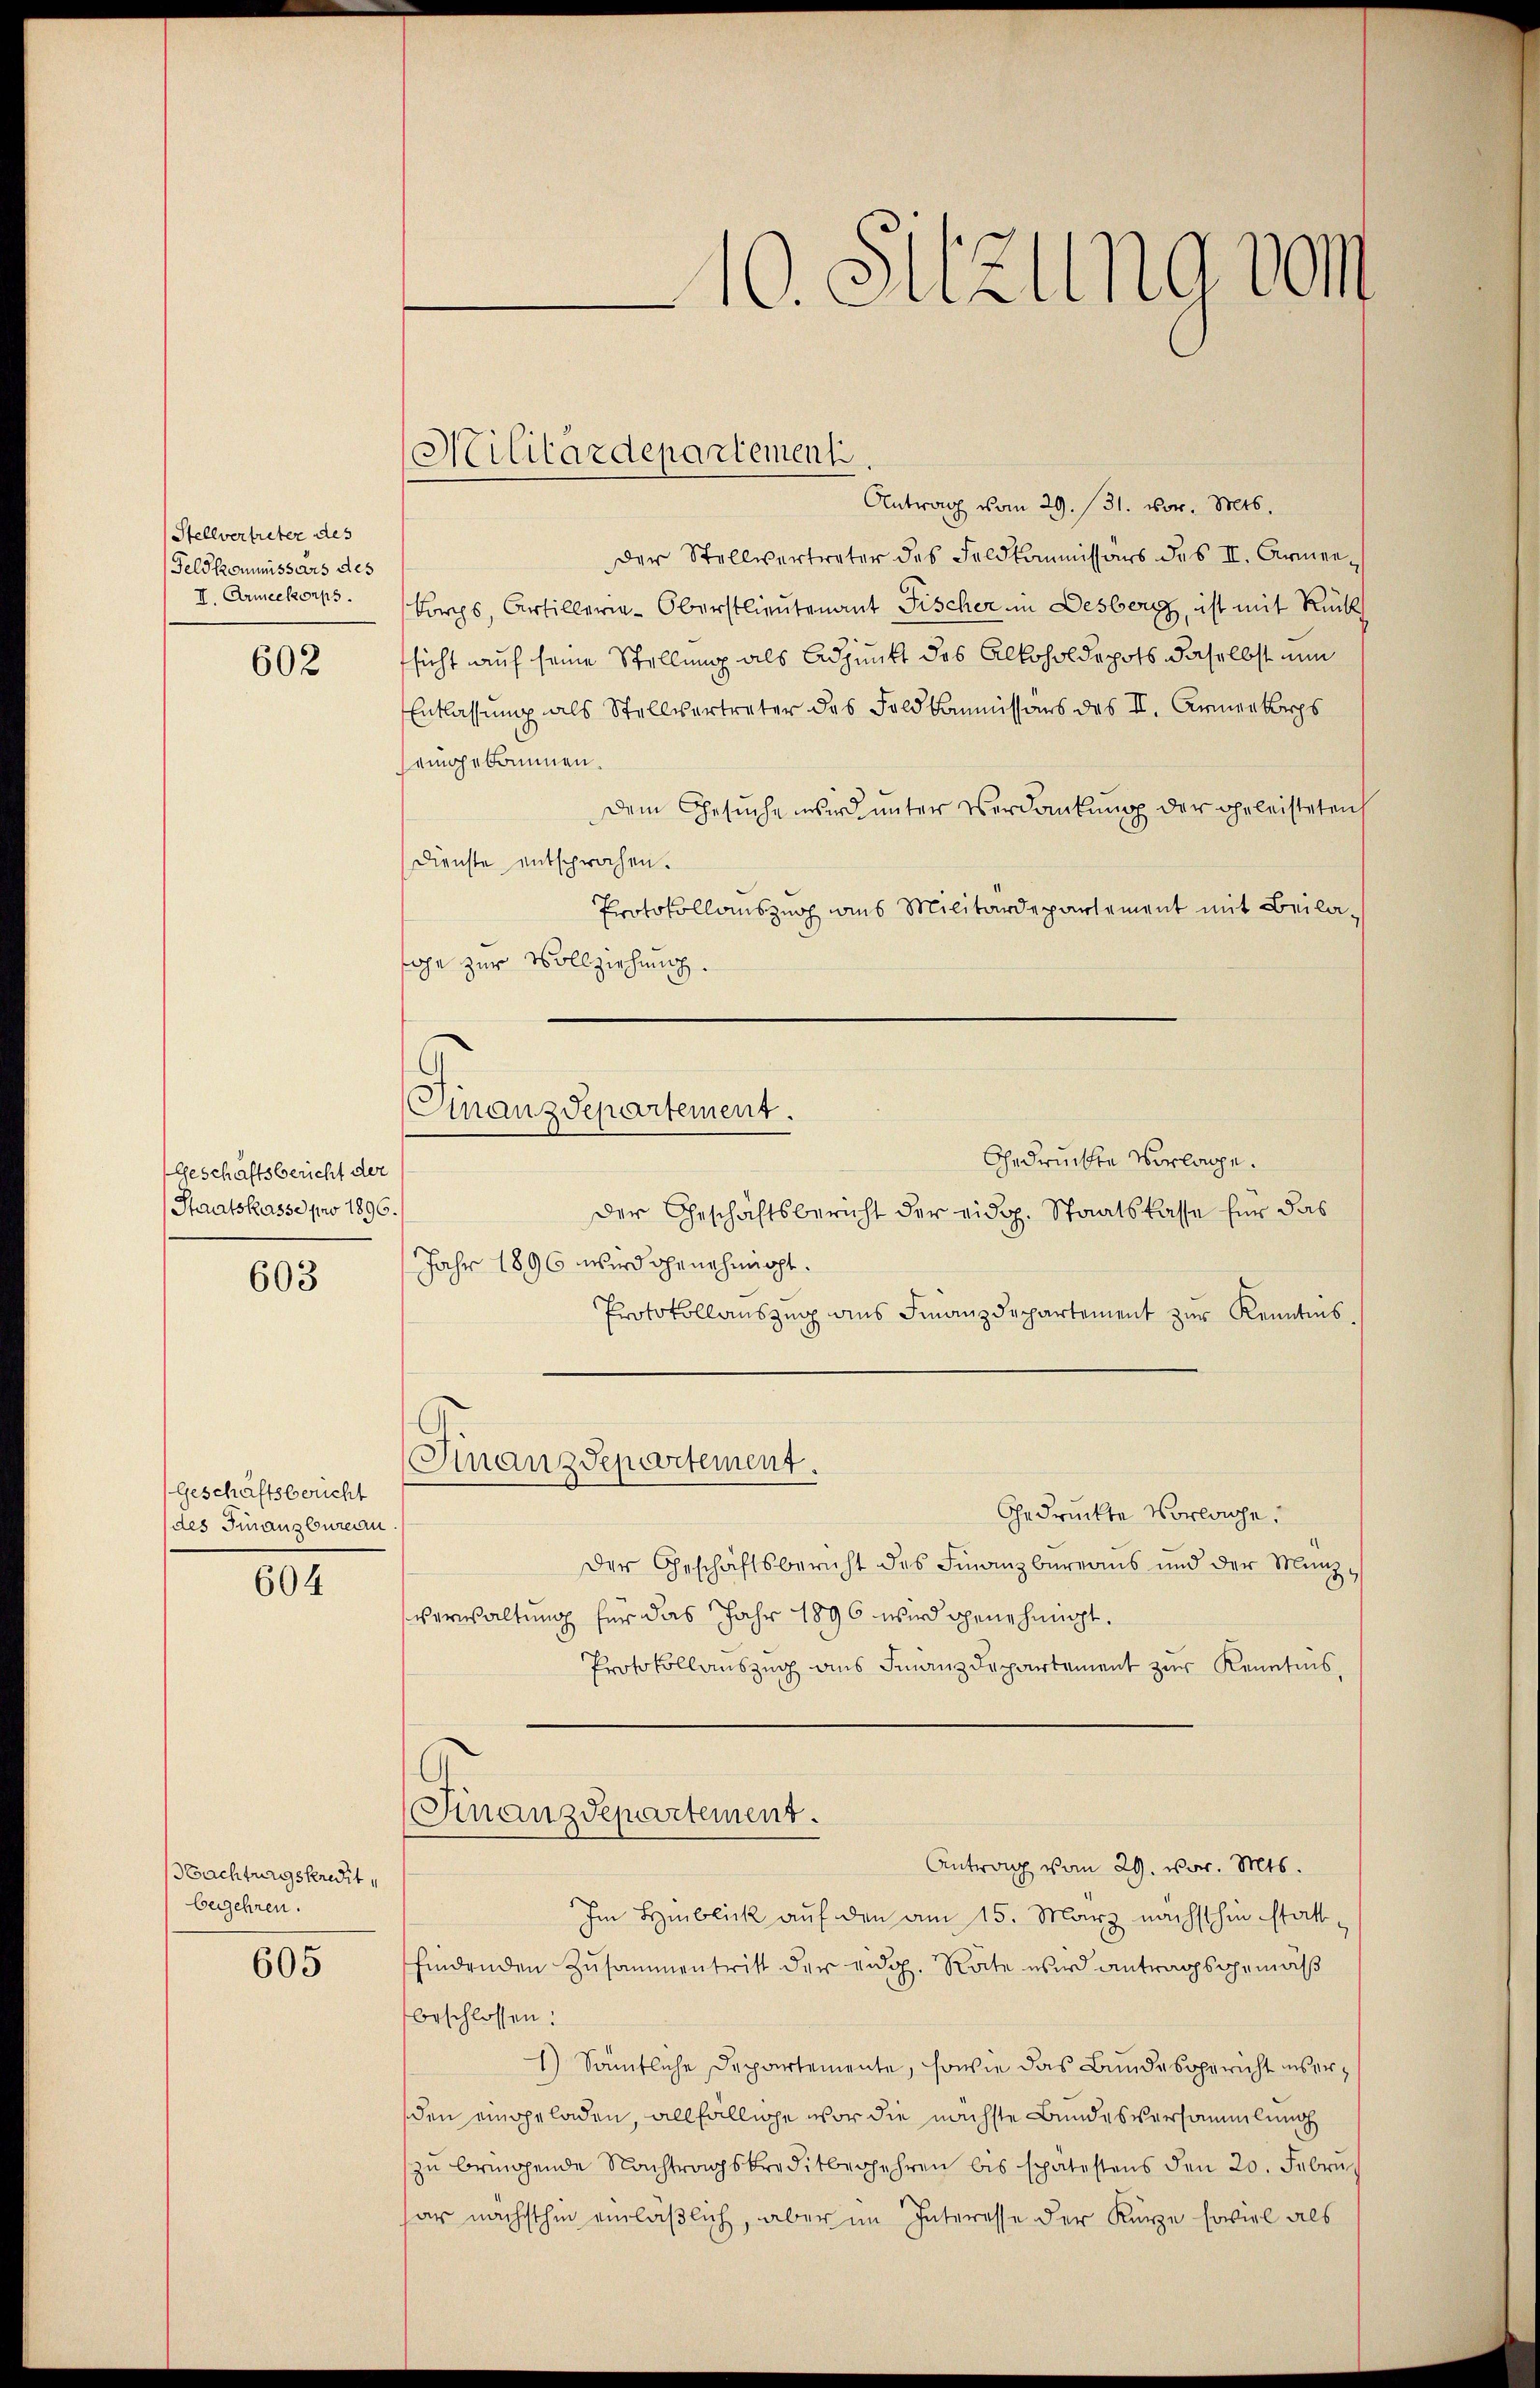
Stellvertreter des
Feld kommissärs des
II. Armeekorps.

602

Geschaftsbericht der
Staatskasse pro 1896.
603

Geschäftsbericht
des Finanzbureau.

604

Nachtungskredit,
begehren.

605

10. Suzung vom

Antrag vom 29. 131. vor. Mts.
der Stellvertreter des Feldkommissärs des II. Armenkorps, Artillerie-Oberstlieutenant Fischer in Desberg, ist mit Rücks
sicht auf seine Stellung als Adjunkt des Alkoholdepots daselbst nun
Entlassung als Stellvertreter des Foldkommissars des II. Armenkorps
eingekommen.
Dem Gesuche wird unter Verdankung der geleisteten
Dienste entsprochen.
Protokollauszug aus Militärdepartement mit Beilasage zur Vollziehung.
Finanzdepartement.

Militärdepartement.

Gedruckte Vorlage.

der Geschäftsbericht der eidg. Staatskasse für das
Jahr 1896 wird genehmigt.
Protokollauszug aus Finanzdepartement zur Kenntnis.
Gedruckte Vorlage.
Der Geschäftsbericht des Finanzbüreaus und der Münz¬
Verwaltung für das Jahr 1896 wird genehmigt.
Protokollauszug aus Finanzdepartement zur Kenntnis,
(Finanzdepartement.
Antrag vom 29. vor. Mts.
Im Hinblick auf den am 15. März nächsthin stattfindenden Zusammentritt der eidg. Rate wird antragsgemäß
beschlossen:
1) Sämmtliche Departemente, sowie das Bunde sopericht unserden eingeladen, allfällige vor die nächste Bundesversammlung
zŭ bringende Nachtragskreditbegehren bis spätestens den 20. Febrŭ
har nächsthin einläßlich, aber im Interesse der Kürze soviel als

Finanzdepartement.